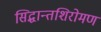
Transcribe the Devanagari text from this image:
सिद्धान्तशिरोमण